system: You are a helpful assistant.
user:
Analyze the provided spectrum to determine if it is a **M-type Giant (gM)**.

A M-type Giant spectrum is defined by its **strong molecular absorption** features, particularly from **Titanium Oxide (TiO)**. You must check for one of the following mutually exclusive signatures:

- **Key Visual Indicators (Absorption-Dominated Spectrum):**

    - **(Primary):** The spectrum is dominated by strong molecular absorption from **Titanium Oxide (TiO)**. This is the **defining feature** of its M-type temperature class.
        - **(Key Bandheads):** Look for sharp, "saw-tooth" absorption valleys. The strongest are located near **~7050 Å**, **~6160 Å**, and **~5170 Å**.
        - **(Line Profile):** The "saw-tooth" morphology is critical: a **sharp, steep drop on the BLUE (short-wavelength) side** of the bandhead, followed by a gradual recovery (rising flux) towards the RED (long-wavelength) side.

    - **(Key Confirmation - Giant vs. Dwarf):** **ABSENCE** of strong **Calcium Hydride (CaH)** molecular bands. This is the primary diagnostic for *excluding* M-dwarfs.
        - **(Key Region):** The spectrum should lack the strong, broad absorption band seen in dwarfs between **~6800 Å and ~7000 Å**.

    - **(Secondary Confirmation - Giant):** A very strong and broad **Neutral Calcium (Ca I)** atomic absorption line.
        - **(Key Line):** Located at **~4226 Å**. In a giant (gM), this line is significantly deeper and broader than the same line in an M-dwarf (dM) due to low surface gravity.

    - **(Overall Spectrum):**
        - The continuum is **extremely red-sloping** (i.e., flux is very low in the blue and rises dramatically towards the red).
        - The entire spectrum appears "chopped up" by the deep TiO bands.

Think first, call **spectral_visualization_tool** if needed to examine features in detail, then provide your final answer. Your response must adhere to the following strict rules:
1.  **Overall Structure:** Your response must follow the format `<think>...</think> <tool_call>...</tool_call> (if a tool is used) <answer>...</answer>`.
2.  **Tool Usage Constraint:** You may only make **one** tool call per turn.
3.  **Final Answer Format:** In the `<answer>` tag, your conclusion must be inside a `\boxed{}` command (e.g., `\boxed{YES}` or `\boxed{NO}`), followed by your justification.

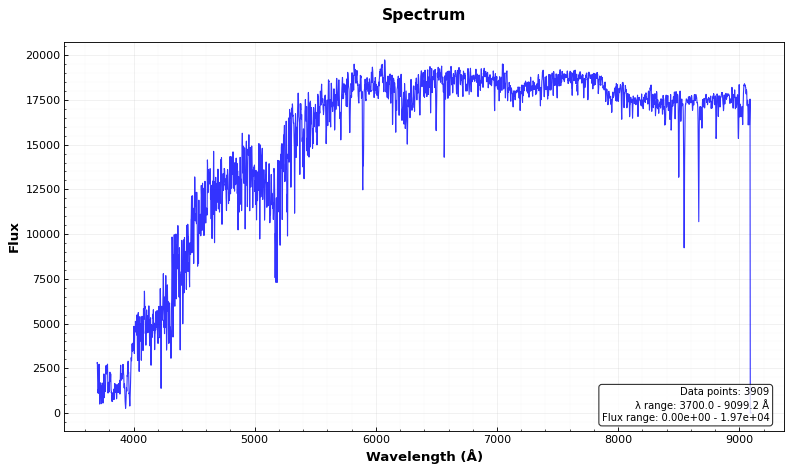
Answer: NO